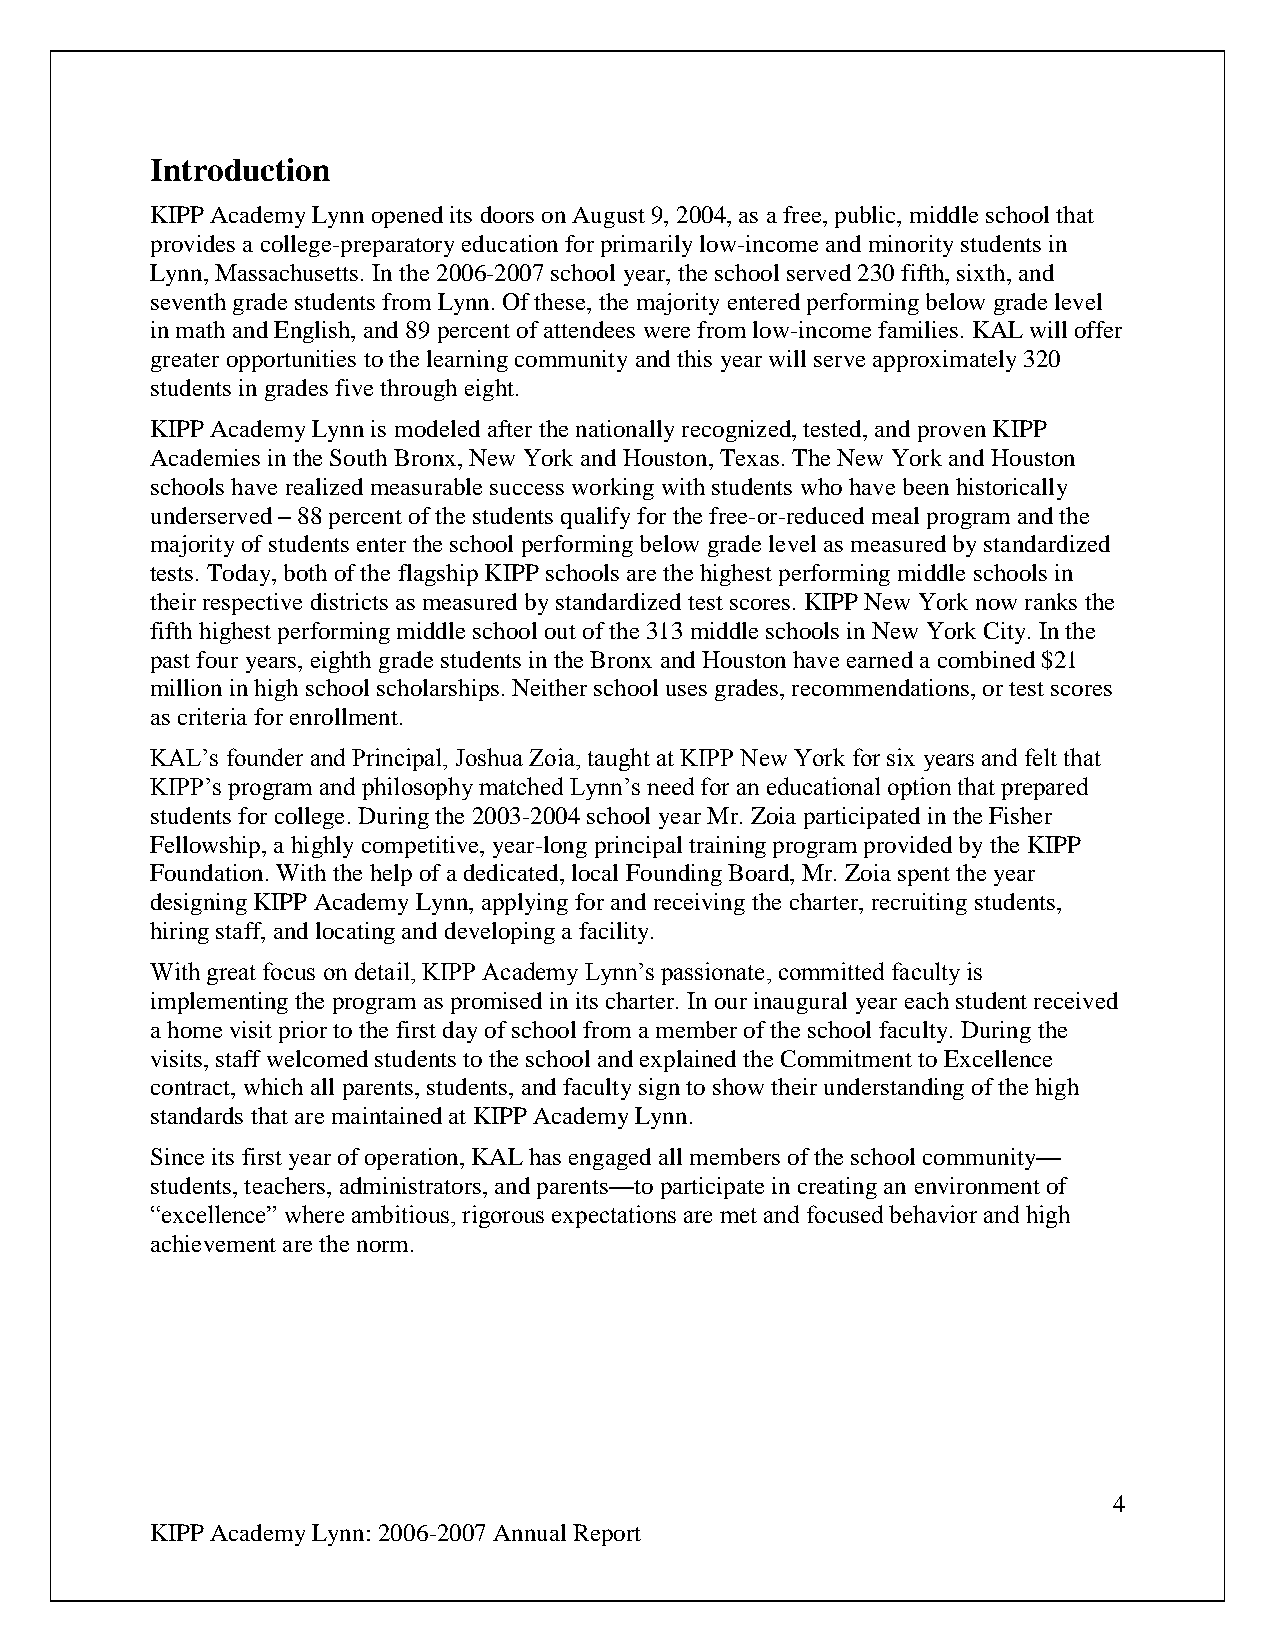
Introduction
 KIPP Academy Lynn opened its doors on August 9, 2004, as a free, public, middle school that
 provides a college-preparatory education for primarily low-income and minority students in
 Lynn, Massachusetts. In the 2006-2007 school year, the school served 230 fifth, sixth, and
 seventh grade students from Lynn. Of these, the majority entered performing below grade level
 in math and English, and 89 percent of attendees were from low-income families. KAL will offer
 greater opportunities to the learning community and this year will serve approximately 320
 students in grades five through eight.
 KIPP Academy Lynn is modeled after the nationally recognized, tested, and proven KIPP
 Academies in the South Bronx, New York and Houston, Texas. The New York and Houston
 schools have realized measurable success working with students who have been historically
 underserved – 88 percent of the students qualify for the free-or-reduced meal program and the
 majority of students enter the school performing below grade level as measured by standardized
 tests. Today, both of the flagship KIPP schools are the highest performing middle schools in
 their respective districts as measured by standardized test scores. KIPP New York now ranks the
 fifth highest performing middle school out of the 313 middle schools in New York City. In the
 past four years, eighth grade students in the Bronx and Houston have earned a combined $21
 million in high school scholarships. Neither school uses grades, recommendations, or test scores
 as criteria for enrollment.
 KAL’s founder and Principal, Joshua Zoia, taught at KIPP New York for six years and felt that
 KIPP’s program and philosophy matched Lynn’s need for an educational option that prepared
 students for college. During the 2003-2004 school year Mr. Zoia participated in the Fisher
 Fellowship, a highly competitive, year-long principal training program provided by the KIPP
 Foundation. With the help of a dedicated, local Founding Board, Mr. Zoia spent the year
 designing KIPP Academy Lynn, applying for and receiving the charter, recruiting students,
 hiring staff, and locating and developing a facility.
 With great focus on detail, KIPP Academy Lynn’s passionate, committed faculty is
 implementing the program as promised in its charter. In our inaugural year each student received
 a home visit prior to the first day of school from a member of the school faculty. During the
 visits, staff welcomed students to the school and explained the Commitment to Excellence
 contract, which all parents, students, and faculty sign to show their understanding of the high
 standards that are maintained at KIPP Academy Lynn.
 Since its first year of operation, KAL has engaged all members of the school community—
 students, teachers, administrators, and parents—to participate in creating an environment of
 “excellence” where ambitious, rigorous expectations are met and focused behavior and high
 achievement are the norm.
 4
 KIPP Academy Lynn: 2006-2007 Annual Report